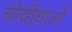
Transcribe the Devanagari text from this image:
योदी्धाओं